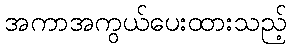
အကာအကွယ်ပေးထားသည့်